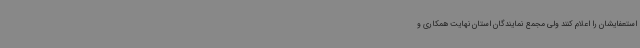
استعفایشان را اعلام کنند ولی مجمع نمایندگان استان نهایت همکاری و